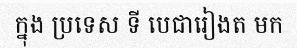
ក្នុង ប្រទេស ទី បេជារៀងត មក